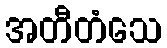
အတီတံသေ